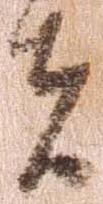
者